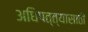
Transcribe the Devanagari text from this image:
अधिपत्त्यासाठी